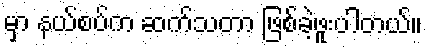
မှာ နယ်စပ်က ဆက်သတာ ဖြစ်ခဲ့ဖူးပါတယ်။